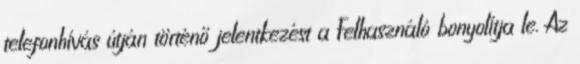
telefonhívás útján történő jelentkezést a Felhasználó bonyolítja le. Az